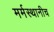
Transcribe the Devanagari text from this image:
मर्मस्थानीच